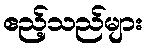
ဧည့်သည်များ